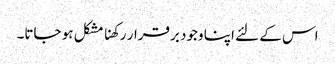
اس کے لئے اپنا وجود برقرار رکھنا مشکل ہو جاتا۔